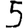
Digit: 5